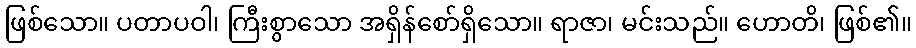
ဖြစ်သော။ ပတာပဝါ၊ ကြီးစွာသော အရှိန်စော်ရှိသော။ ရာဇာ၊ မင်းသည်။ ဟောတိ၊ ဖြစ်၏။